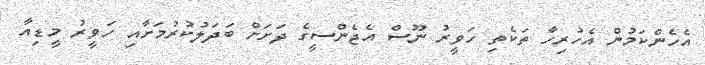
އެހެންކަމުން އެހުރިހާ ތަކެތި ހަވީރު ނޫސް އެޖެންސީގެ ދަށަަށް ބަދަލުކުރުމަށާއި ހަވީރު މީޑިއާ